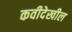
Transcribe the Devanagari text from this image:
कवीदेखील